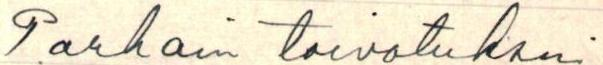
Parhain toivotuksin